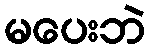
မပေးဘဲ